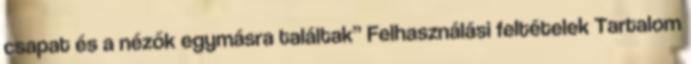
csapat és a nézők egymásra találtak” Felhasználási feltételek Tartalom